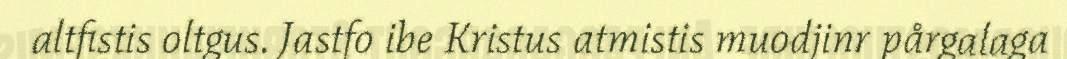
altfistis oltgus. Jastfo ibe Kristus atmistis muodjinr pårgalaga